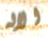
الاله